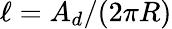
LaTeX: \ell=A_{d}/(2\pi R)